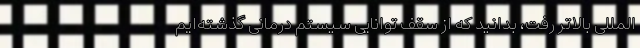
المللی بالاتر رفت، بدانید که از سقف توانایی سیستم درمانی گذشته‌ایم